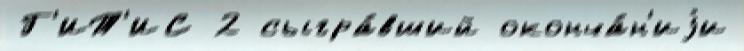
Г'ИТ'ИС 2 сыгра́вший оконча́н'иjи